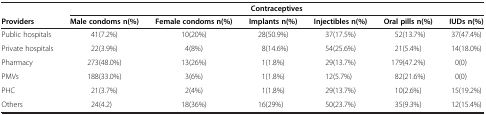
<table><thead><tr><td><b> </b></td><td colspan="6"><b>Contraceptives</b></td></tr><tr><td><b>Providers</b></td><td><b>Male condoms n(%)</b></td><td><b>Female condoms n(%)</b></td><td><b>Implants n(%)</b></td><td><b>Injectibles n(%)</b></td><td><b>Oral pills n(%)</b></td><td><b>IUDs n(%)</b></td></tr></thead><tbody><tr><td>Public hospitals</td><td>41(7.2%)</td><td>10(20%)</td><td>28(50.9%)</td><td>37(17.5%)</td><td>52(13.7%)</td><td>37(47.4%)</td></tr><tr><td>Private hospitals</td><td>22(3.9%)</td><td>4(8%)</td><td>8(14.6%)</td><td>54(25.6%)</td><td>21(5.4%)</td><td>14(18.0%)</td></tr><tr><td>Pharmacy</td><td>273(48.0%)</td><td>13(26%)</td><td>1(1.8%)</td><td>29(13.7%)</td><td>179(47.2%)</td><td>0(0)</td></tr><tr><td>PMVs</td><td>188(33.0%)</td><td>3(6%)</td><td>1(1.8%)</td><td>12(5.7%)</td><td>82(21.6%)</td><td>0(0)</td></tr><tr><td>PHC</td><td>21(3.7%)</td><td>2(4%)</td><td>1(1.8%)</td><td>29(13.7%)</td><td>10(2.6%)</td><td>15(19.2%)</td></tr><tr><td>Others</td><td>24(4.2)</td><td>18(36%)</td><td>16(29%)</td><td>50(23.7%)</td><td>35(9.3%)</td><td>12(15.4%)</td></tr></tbody></table>